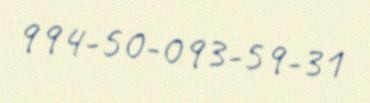
994-50-093-59-31